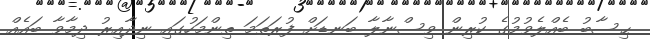
ޙިސާބު ބެއްލެވުމުގެ ކުރިން ވިސްނާލާ ބަނޑަށް ފުރަތަމަ ތިންމަހުގައި ނިދާއިރު ދިމާވާ ބައެއް